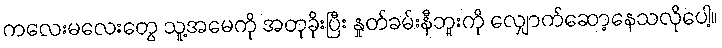
ကလေးမလေးတွေ သူ့အမေကို အတုခိုးပြီး နှုတ်ခမ်းနီဘူးကို လျှောက်ဆော့နေသလိုပေါ့။